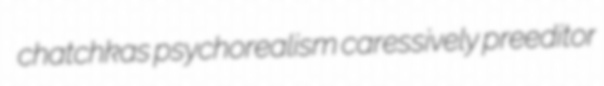
chatchkas psychorealism caressively preeditor